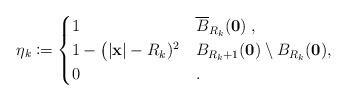
LaTeX: \begin{align*}\eta_k \coloneqq\begin{cases}1 & \overline{B}_{R_k}(\mathbf{0}) \; ,\\1 - \bigl( |\mathbf{x}| - R_k)^2 & B_{R_k+1}(\mathbf{0}) \setminus B_{R_k}(\mathbf{0}) ,\\0 & .\end{cases}\end{align*}